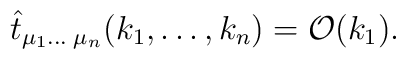
\hat{t}_{\mu_1 \ldots \;\mu_n}(k_1,\ldots ,k_n) = {\cal O}(k_1).